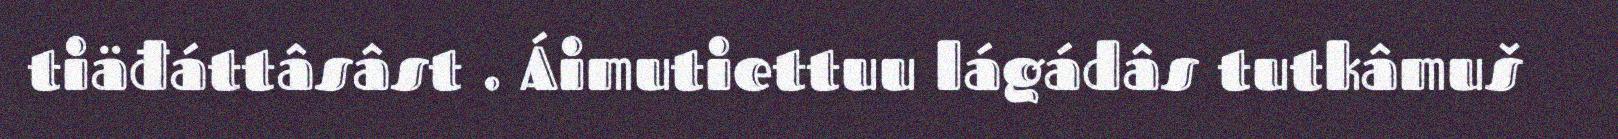
tiäđáttâsâst . Áimutiettuu lágádâs tutkâmuš